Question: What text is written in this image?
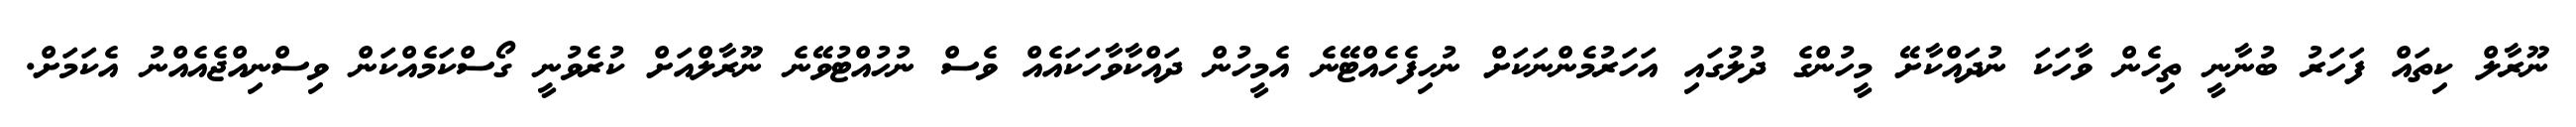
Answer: ނޫރާލް ކިތައް ފަހަރު ބުނާނީ ތިހެން ވާހަކަ ނުދައްކާށޭ މީހުންގެ ދުލުގައި އަހަރުމެންނަކަށް ނުހިފެހެއްޓޭނެ އެމީހުން ދައްކާވާހަކައެއް ވެސް ނުހުއްޓުވޭނެ ނޫރާލްއަށް ކުރެވުނީ ގޯސްކަމެއްކަން ވިސްނިއްޖެއެއްނު އެކަމަށް.